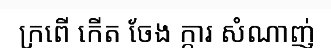
ក្រពើ កើត ចែង ក្តារ សំណាញ់